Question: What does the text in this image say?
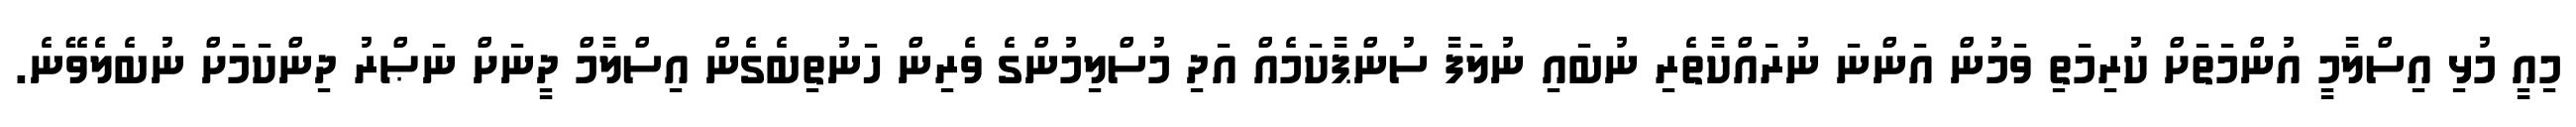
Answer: މިއީ މުޅި އިސްލާމީ އުންމަތަށް ކުރިމަތި ވަމުން އަންނަ ނުރައްކާތެރި ނުބައި ނުލަފާ ސުންޕާކަމެއް އަދި މުސްލިމުންގެ ވެރިން ހަނުތިބެގެން އިސްލާމް ދީނަށް ނަޞްރު ދިންކަމަށް ނުބެލެވޭނެ.